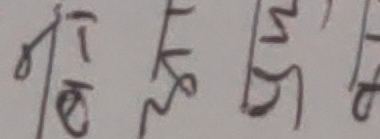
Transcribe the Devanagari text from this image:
ठकृम